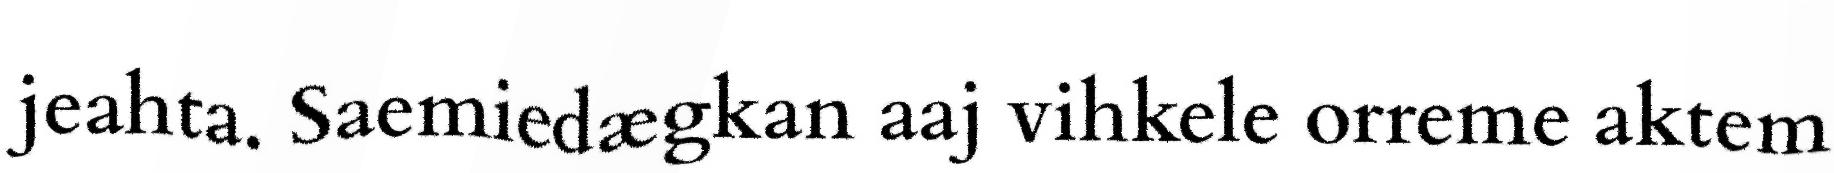
jeahta. Saemiedægkan aaj vihkele orreme aktem